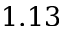
1 . 1 3